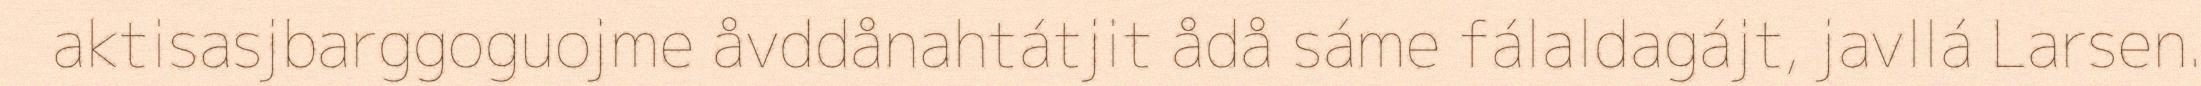
aktisasjbarggoguojme åvddånahtátjit ådå sáme fálaldagájt, javllá Larsen.